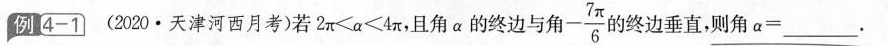
例 4-1 (2020·天津河西月考)若$$2 π < a < 4 π$$，且角α的终边与角 $$- \frac { 7 π } { 6 }$$ J终边垂直，则角 $$α = ___$$.